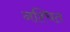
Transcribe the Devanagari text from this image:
नश्चित